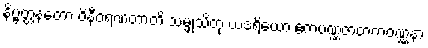
နိဗ္ဗတ္တနတော ဝိနီဝရဏတာတိ သမ္ဖုသိတုံ ယဒရိယော ဧကပဏ္ဏဇာတကဝဏ္ဏနာ